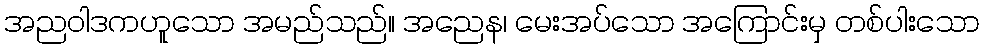
အညဝါဒကဟူသော အမည်သည်။ အညေန၊ မေးအပ်သော အကြောင်းမှ တစ်ပါးသော